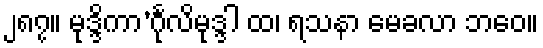
၂၈၇။ မုဒ္ဒိကာ’င်္ဂုလိမုဒ္ဒါ ထ၊ ရသနာ မေခလာ ဘဝေ။